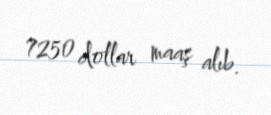
7250 dollar maaş alıb.